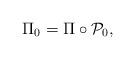
LaTeX: \begin{align*}\Pi_0=\Pi\circ\mathcal P_0,\end{align*}